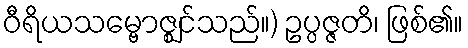
ဝီရိယသမ္ဗောဇ္ဈင်သည်။) ဥပ္ပဇ္ဇတိ၊ ဖြစ်၏။